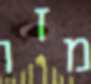
מזו